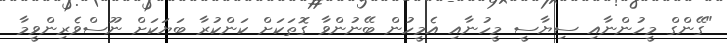
"ގޭންގް މީހުންނާއި ސިޔާސީ މީހުނާއި އެމީހުން ބޭނުންވާ ގޮތަކަށް ކަންކުރާ ބަޔަކަށް ނޫސްވެރިންވީމާ